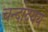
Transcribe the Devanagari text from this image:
चन्दोदयय